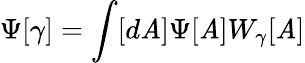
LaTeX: \Psi[\gamma]=\int[d\mathit{A}]\Psi[\mathit{A}]W_{\gamma}[\mathit{A}]